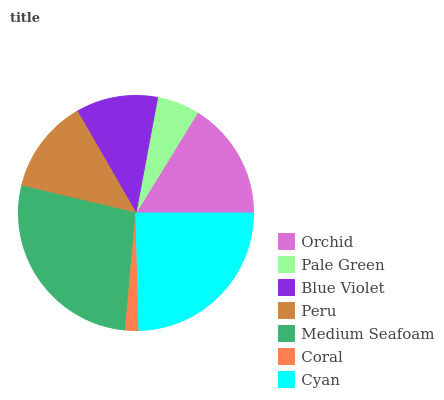
| Orchid | Pale Green | Blue Violet | Peru | Medium Seafoam | Coral | Cyan |
 | --- | --- | --- | --- | --- | --- | --- |
 | 16.2% | 5.82% | 11.3% | 13% | 27.2% | 1.83% | 24.7% |